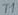
Text: T1